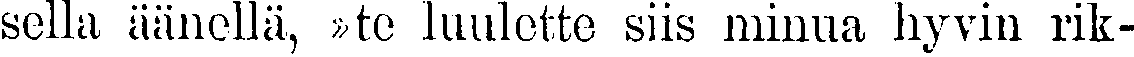
sella äänellä, »te luulette siis minua hyvin rik-